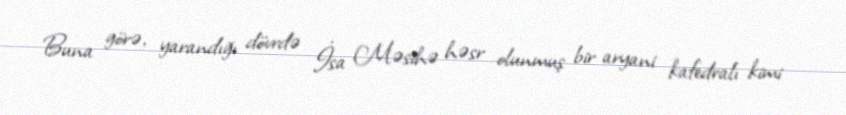
Buna görə, yarandığı dövrdə İsa Məsihə həsr olunmuş bir aryani kafedralı kimi